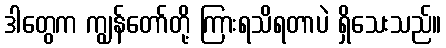
ဒါတွေက ကျွန်တော်တို့ ကြားရသိရတာပဲ ရှိသေးသည်။